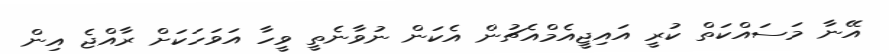
އޭނާ މަސައްކަތް ކުރީ އައިޖީއެމްއެޗުން އެކަން ނުވާނެތީ ވީހާ އަވަހަކަށް ރާއްޖެ އިން